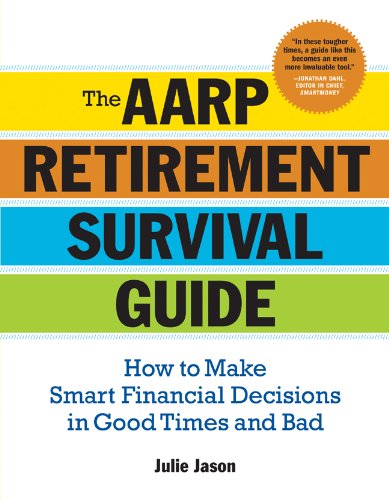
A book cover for The AARPÂ® Retirement Survival Guide: How to Make Smart Financial Decisions in Good Times and Bad; Julie Jason; Business & Money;